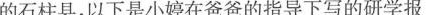
的石柱县，以下是小婷在爸爸的指导下写的研学报